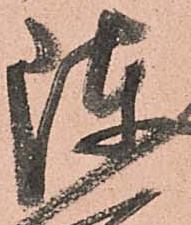
陣